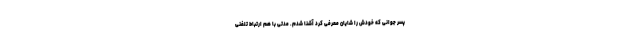
پسر جوانی که خودش را شایان معرفی کرد آشنا شدم. مدتی با هم ارتباط تلفنی